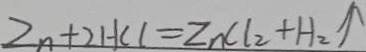
Z _ { n + 2 } H C l = Z n C l _ { 2 } + H _ { 2 } \uparrow